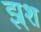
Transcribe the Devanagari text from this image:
झ्र्श